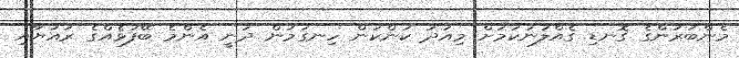
މެންބަރުންގެ ގޮނޑި ގެއްލުނުކަމަށް މިއަދު ކަންކަން ހިނގަމުން ދަނީ އެންމެ ބޭފުޅެއްގެ ރައުޔާއި